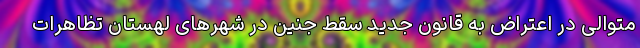
متوالی در اعتراض به قانون جدید سقط جنین در شهرهای لهستان تظاهرات